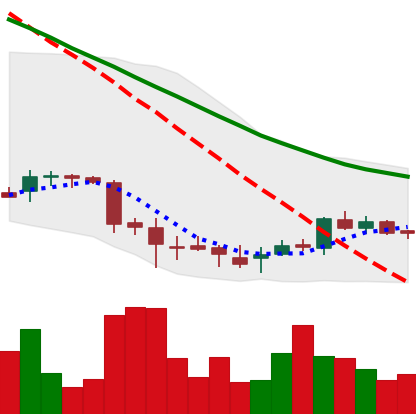
Ticker: DOGE-USD
Chart end date: 2018-07-06
Forward return: -6.623%
Label: down_5_7